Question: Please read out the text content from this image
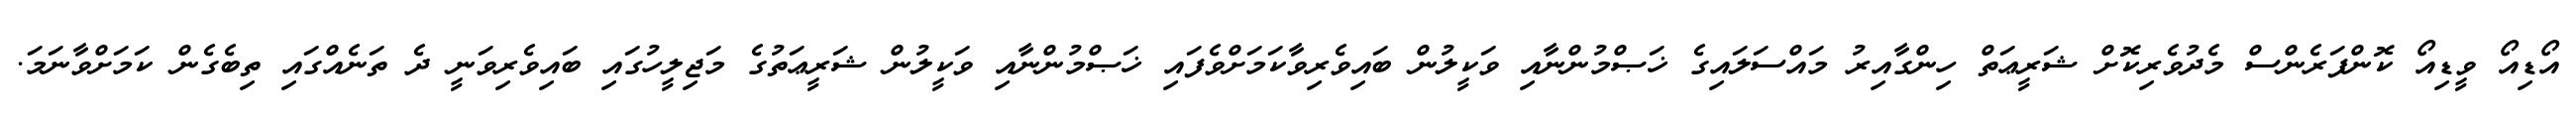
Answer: އޯޑިއޯ ވީޑިއޯ ކޮންފަރެންސް މެދުވެރިކޮށް ޝަރީޢަތް ހިންގާއިރު މައްސަލައިގެ ޚަޞްމުންނާއި ވަކީލުން ބައިވެރިވާކަމަށްވެފައި ޚަޞްމުންނާއި ވަކީލުން ޝަރީޢަތުގެ މަޖިލީހުގައި ބައިވެރިވަނީ ދެ ތަނެއްގައި ތިބެގެން ކަމަށްވާނަމަ.